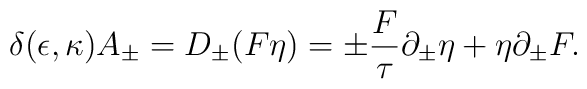
\delta (\epsilon, \kappa) A_\pm = D_\pm (F\eta) = \pm{F\over \tau}\partial_{\pm} \eta + \eta \partial_{\pm} F.